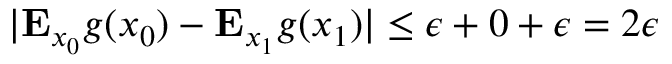
| \mathbf { E } _ { x _ { 0 } } g ( x _ { 0 } ) - \mathbf { E } _ { x _ { 1 } } g ( x _ { 1 } ) | \leq \epsilon + 0 + \epsilon = 2 \epsilon